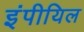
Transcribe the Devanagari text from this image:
इंपीयिल